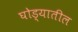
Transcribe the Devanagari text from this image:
घोड्यातील